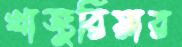
খাজুরিয়ার